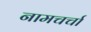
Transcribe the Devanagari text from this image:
नामचर्चा